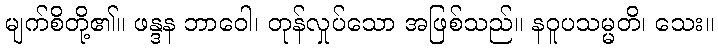
မျက်စိတို့၏။ ဖန္ဒန ဘာဝေါ၊ တုန်လှုပ်သော အဖြစ်သည်။ နဝူပသမ္မတိ၊ သေး။